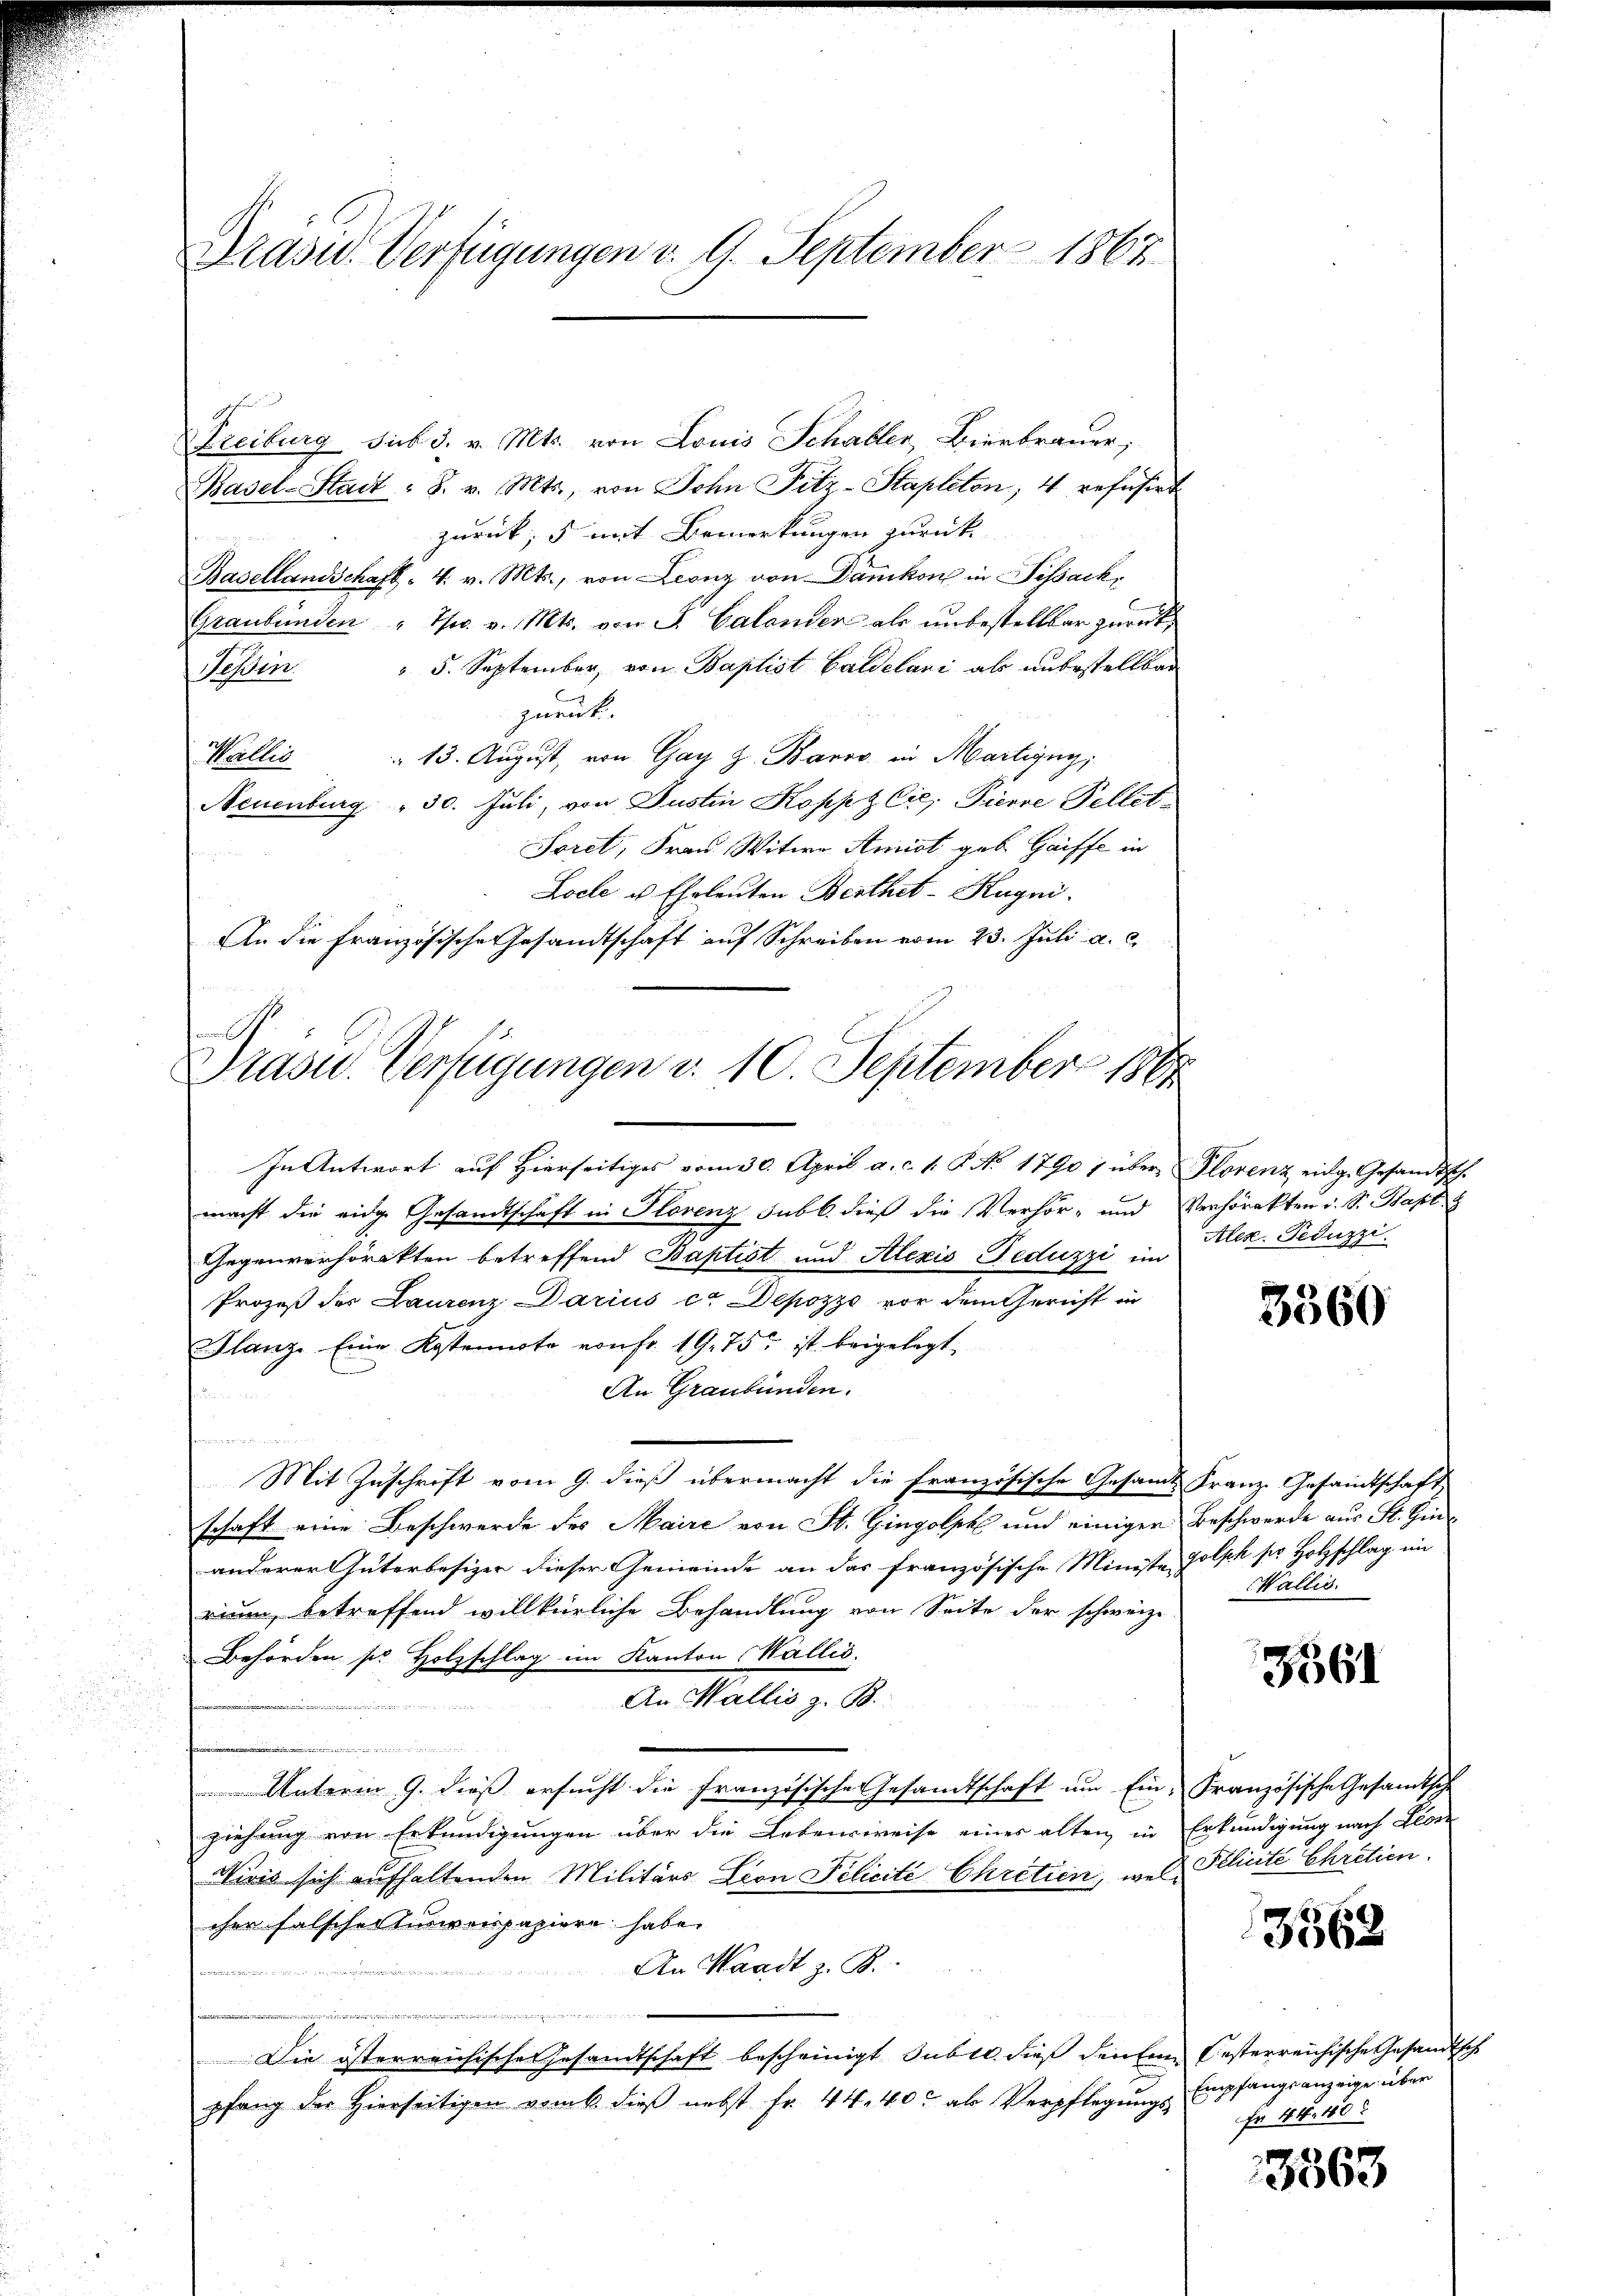
Drasid. Verfügungen v. 9. September 1867

Freiburg sub 3. v. Mts. von Louis Schabler, Bierbrauer,
Basel-Stadt : S. v. Mts., von Sohn Fitz-Stapleton, 4 refusirt
zurück; mit Bemerkungen zurück
Basellandschaft - 4. v. Mts., von Leonz von Dänikon in Sissack,
Graubünden " Th. v. Mts. von J. Calander als unbestellbar zurück,
 5. September, von Baptist Baldelari als unbestellbar
Teßin
zurück.
 13. August, von Gay z. Barro in Martigny,
Wallis
Neuenburg " 30. Juli, von Justin Koppz Cie, Pierre Fellet
Sorel, Frau Witwe Amist geb Gaiffe in
Locle u. Eheleuten Berthet-Kugni
An die französische Gesandtschaft auf Schreiben vom 23. Juli a. c.
Prase Verfügungen d. 10. September 1864

In Antwort auf Hierseitiges vom 30. April a. c. 1. P. No 17907 über Plorenz eidg. Gesandtsch.
macht die eidg. Gesandtschaft in Florenz sub b. dieß die Verhör- und Verhörakten d. S. Bapt
Gegenverhörakten betreffend Baptist und Alexis Feduzzi im Alex Fiduzzi
Prozeß der Laurenz Darius ce Depozzo vor dem Gericht in
Glanz. Eine Kostennote von fr. 19. 75. ist beigelegt,
An Graubünden.
.
Mit Zuschrift vom 9. dieß übermacht die Französische Gesamt Franz. Gesandtschaft
schaft eine Beschwerde des Maire von St. Gingolph und einiger Beschwerde aus St. Hinanderer Güterbesizer dieser Gemeinde an das französische Ministe Golsch sie Holzschlag in
rium, betreffend willkürliche Behandlung von Seite der schweiz.
Behörden sie Holzschlag im Kanton Wallis.
An Wallis z. B.
.
Unterm 9. dieß ersucht die französische Gesandtschaft um Ein- Französische Gesandtsche
ziehung von Erkundigungen über die Lebensweise eines alten in Erkundigung nach Leben
Nivis sich aufhaltenden Militärs Cron Pilicité Ckritien, wel Pelinte Chretien.
cher falscher Einverpapiere habe.
An Waadt z. B.

Die österreichischer Gesandtschaft bescheinigt subic dieß denen besterreichische Gesandtsch
pfang der Hierseitigen vom 6. dieß nebst Fr. 44. 40. als Verpflegungs Empfangsanzeige über

3360

Wallis.

3561

3562

Fr 41. 40

3563